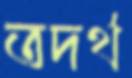
তদর্থ